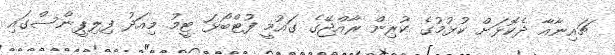
ޗައިނާއާ ދެކޮޅަށް ކުޅުމުގެ ކުރިން ރާއްޖޭގެ ގައުމީ ފުޓްބޯޅަ ޓީމު މިއަދު ފިލިޕީންސްގައި